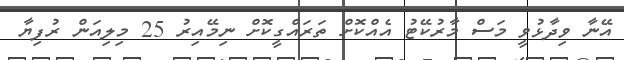
އޭނާ ވިދާޅުވީ މަސް މާރުކޭޓު އެއްކޮށް ތަރައްގީކޮށް ނިމޭއިރު 25 މިލިއަން ރުފިޔާ